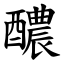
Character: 醲